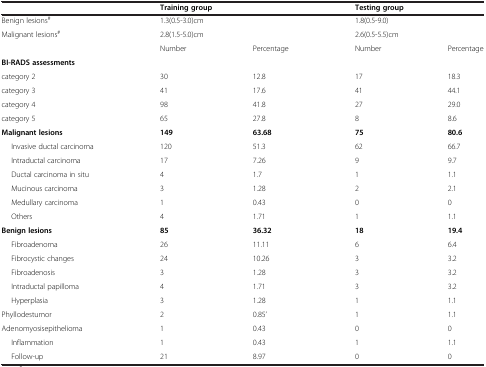
<table><thead><tr><td><b> </b></td><td colspan="2"><b>Training group</b></td><td colspan="2"><b>Testing group</b></td></tr></thead><tbody><tr><td>Benign lesions<sup>#</sup></td><td colspan="2">1.3(0.5-3.0)cm</td><td colspan="2">1.8(0.5-9.0)</td></tr><tr><td>Malignant lesions<sup>#</sup></td><td colspan="2">2.8(1.5-5.0)cm</td><td colspan="2">2.6(0.5-5.5)cm</td></tr><tr><td> </td><td>Number</td><td>Percentage</td><td>Number</td><td>Percentage</td></tr><tr><td><b>BI-RADS assessments</b></td><td> </td><td> </td><td> </td><td> </td></tr><tr><td>category 2</td><td>30</td><td>12.8</td><td>17</td><td>18.3</td></tr><tr><td>category 3</td><td>41</td><td>17.6</td><td>41</td><td>44.1</td></tr><tr><td>category 4</td><td>98</td><td>41.8</td><td>27</td><td>29.0</td></tr><tr><td>category 5</td><td>65</td><td>27.8</td><td>8</td><td>8.6</td></tr><tr><td><b>Malignant lesions</b></td><td><b>149</b></td><td><b>63.68</b></td><td><b>75</b></td><td><b>80.6</b></td></tr><tr><td>Invasive ductal carcinoma</td><td>120</td><td>51.3</td><td>62</td><td>66.7</td></tr><tr><td>Intraductal carcinoma</td><td>17</td><td>7.26</td><td>9</td><td>9.7</td></tr><tr><td>Ductal carcinoma in situ</td><td>4</td><td>1.7</td><td>1</td><td>1.1</td></tr><tr><td>Mucinous carcinoma</td><td>3</td><td>1.28</td><td>2</td><td>2.1</td></tr><tr><td>Medullary carcinoma</td><td>1</td><td>0.43</td><td>0</td><td>0</td></tr><tr><td>Others</td><td>4</td><td>1.71</td><td>1</td><td>1.1</td></tr><tr><td><b>Benign lesions</b></td><td><b>85</b></td><td><b>36.32</b></td><td><b>18</b></td><td><b>19.4</b></td></tr><tr><td>Fibroadenoma</td><td>26</td><td>11.11</td><td>6</td><td>6.4</td></tr><tr><td>Fibrocystic changes</td><td>24</td><td>10.26</td><td>3</td><td>3.2</td></tr><tr><td>Fibroadenosis</td><td>3</td><td>1.28</td><td>3</td><td>3.2</td></tr><tr><td>Intraductal papilloma</td><td>4</td><td>1.71</td><td>3</td><td>3.2</td></tr><tr><td>Hyperplasia</td><td>3</td><td>1.28</td><td>1</td><td>1.1</td></tr><tr><td>Phyllodestumor</td><td>2</td><td>0.85’</td><td>1</td><td>1.1</td></tr><tr><td>Adenomyosisepithelioma</td><td>1</td><td>0.43</td><td>0</td><td>0</td></tr><tr><td>Inflammation</td><td>1</td><td>0.43</td><td>1</td><td>1.1</td></tr><tr><td>Follow-up</td><td>21</td><td>8.97</td><td>0</td><td>0</td></tr></tbody></table>